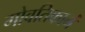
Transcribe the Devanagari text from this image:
गोवतिकानं